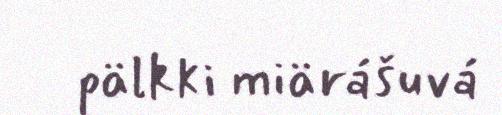
pälkki miärášuvá